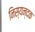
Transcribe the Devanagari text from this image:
निस्यन्दक